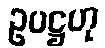
ဥပဋ္ဌဟု